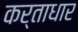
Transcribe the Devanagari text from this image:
कर्ताधार